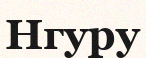
Нгуру